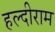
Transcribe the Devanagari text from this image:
हल्दीराम